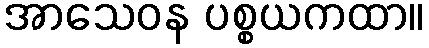
အာသေဝန ပစ္စယကထာ။